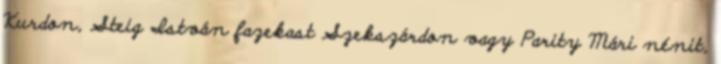
Kurdon, Steig István fazekast Szekszárdon vagy Parity Mári nénit,